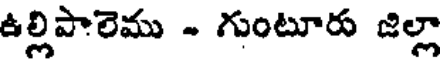
ఉల్లిపాలెము - గుంటూరు జిల్లా